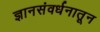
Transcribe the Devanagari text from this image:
ज्ञानसंवर्धनातून